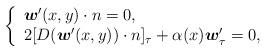
LaTeX: \begin{align*}\left\{\begin{array}{ll}\boldsymbol{w}'(x,y)\cdot n=0, \\2[D(\boldsymbol{w}'(x,y))\cdot n]_{\tau}+\alpha(x)\boldsymbol{w}'_{\tau}=0,\end{array}\right.\end{align*}